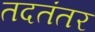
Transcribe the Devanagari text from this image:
तदतंतर